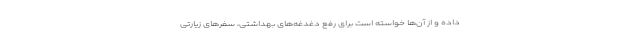
داده و از آن‌ها خواسته است برای رفع دغدغه‌های بهداشتی، سفرهای زیارتی